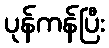
ပုန်ကန်ပြီး